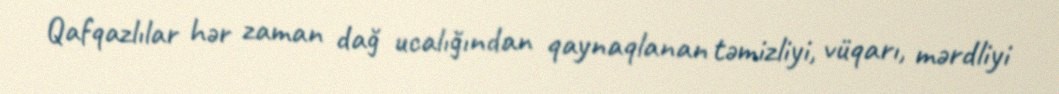
Qafqazlılar hər zaman dağ ucalığından qaynaqlanan təmizliyi, vüqarı, mərdliyi